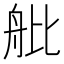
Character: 舭